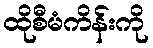
ထိုစီမံကိန်းကို